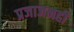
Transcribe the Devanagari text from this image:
प्रजाजनही